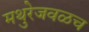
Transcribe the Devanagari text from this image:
मथुरेजवळच